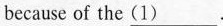
because of the\underline{（1）} ___